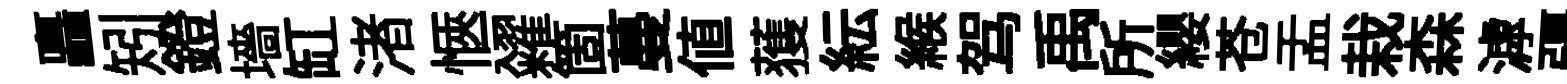
矗矧鐙墻缸渚愜糴箇蔓値𫉬紜緱驾禹所纓苍盂栽森滹疆